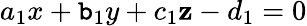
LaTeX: a_{1}x+\mathtt{b}_{1}y+c_{1}\mathbf{z}-d_{1}=0